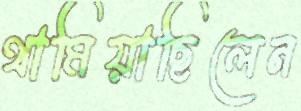
থামিয়াছিলেন